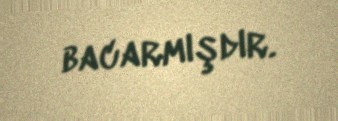
bacarmışdır.